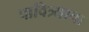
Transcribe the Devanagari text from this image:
पावित्र्याचा